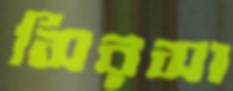
সিরসা